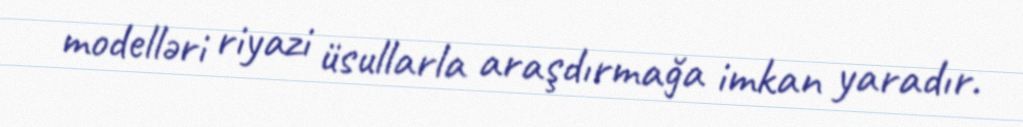
modelləri riyazi üsullarla araşdırmağa imkan yaradır.